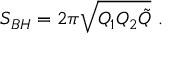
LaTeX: S _ { B H } = 2 \pi \sqrt { Q _ { 1 } Q _ { 2 } \tilde { Q } } \ .